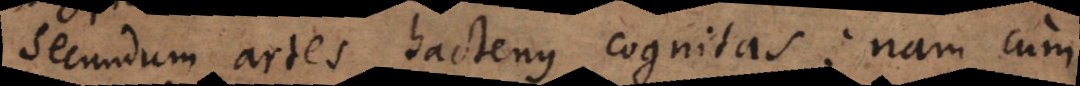
secundum artes hactenus cognitas: nam cum